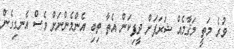
ވުރެ މަތީ މަޤާމެއް ޝަރަފަށް ދީފިކަން އެތާ ތިބި އެންމެންނަށް ވެސް އެނގިގެން